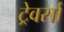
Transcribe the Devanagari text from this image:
ट्रेवर्सा